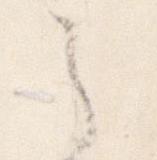
之